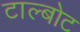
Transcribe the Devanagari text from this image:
टाल्बोट